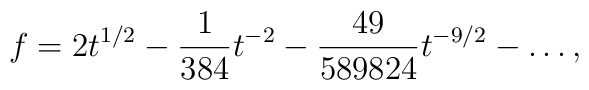
f= 2 t^{1/2} - {1 \over 384} t^{-2} - {49 \over 589824} t^{-9/2} - \ldots,